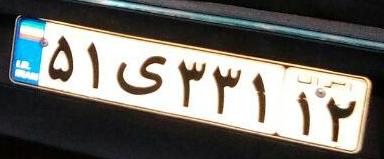
۵۱ی۳۳۱۱۲